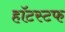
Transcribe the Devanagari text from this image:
हॉटस्टफ